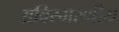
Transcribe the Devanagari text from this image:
अविस्‍मरणीय